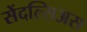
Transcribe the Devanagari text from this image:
सेंदल्सिअस